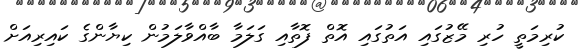
ކުރިމަތީ ހުރި މޭޒުގައި އަތުގައި އޮތް ފޮތާއި ގަލަމާ ބާއްވާލަމުން ކިޔާންގެ ކައިރިއަށް